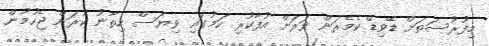
މިފުރުސަތަށް ޑޭވިޑް ކެމެރަން ވަރަށް އުފާކުރި ކަމުގައި ވިޔަސް ހިތާނު ކުރަން ޖެހުމުން